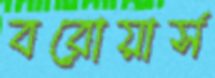
বরোয়ার্স